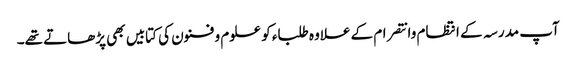
آپ مدرسہ کے انتظام وانتصرام کے علاوہ طلباء کو علوم و فنون کی کتابیں بھی پڑھاتے تھے۔